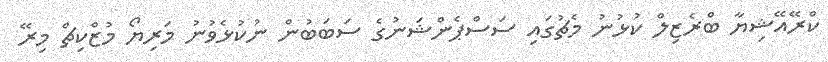
ކްރޭއޭޝިޔާ ބްރެޒިލް ކުޅުނު މެޗުގައި ސަސްޕެންޝަނުގެ ސަބަބުން ނުކުޅެވުނު މަރިޔޯ މުޒްކިޗް މިރޭ